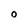
Character: O